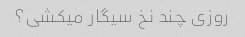
روزی چند نخ سیگار میکشی؟